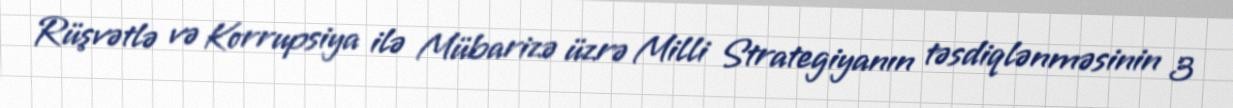
Rüşvətlə və Korrupsiya ilə Mübarizə üzrə Milli Strategiyanın təsdiqlənməsinin 3